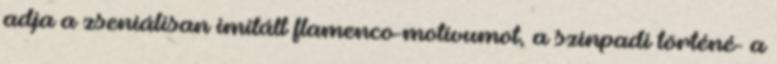
adja a zseniálisan imitált flamenco-motívumot, a színpadi történé- a